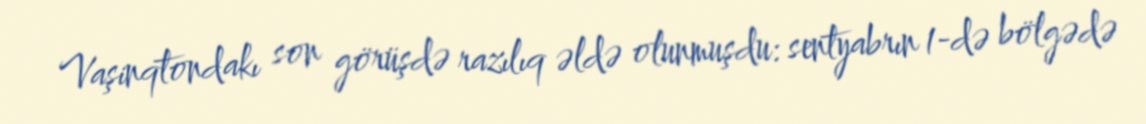
Vaşinqtondakı son görüşdə razılıq əldə olunmuşdu: sentyabrın 1-də bölgədə